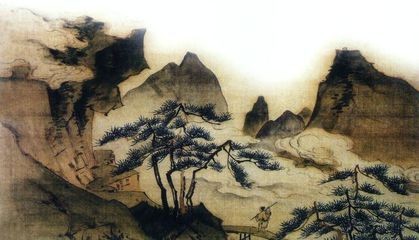
回首天涯，一抹斜阳，数点寒鸦。